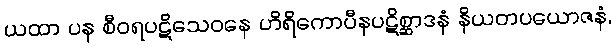
ယထာ ပန စီဝရပဋိသေဝနေ ဟိရိကောပီနပဋိစ္ဆာဒနံ နိယတပယောဇနံ,